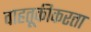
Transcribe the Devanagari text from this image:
वाहतूकीकरता